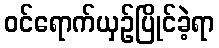
ဝင်ရောက်ယှဉ်ပြိုင်ခဲ့ရာ